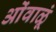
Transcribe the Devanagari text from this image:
ओंवाळूं